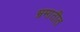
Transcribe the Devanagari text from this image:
भ्रमातीत